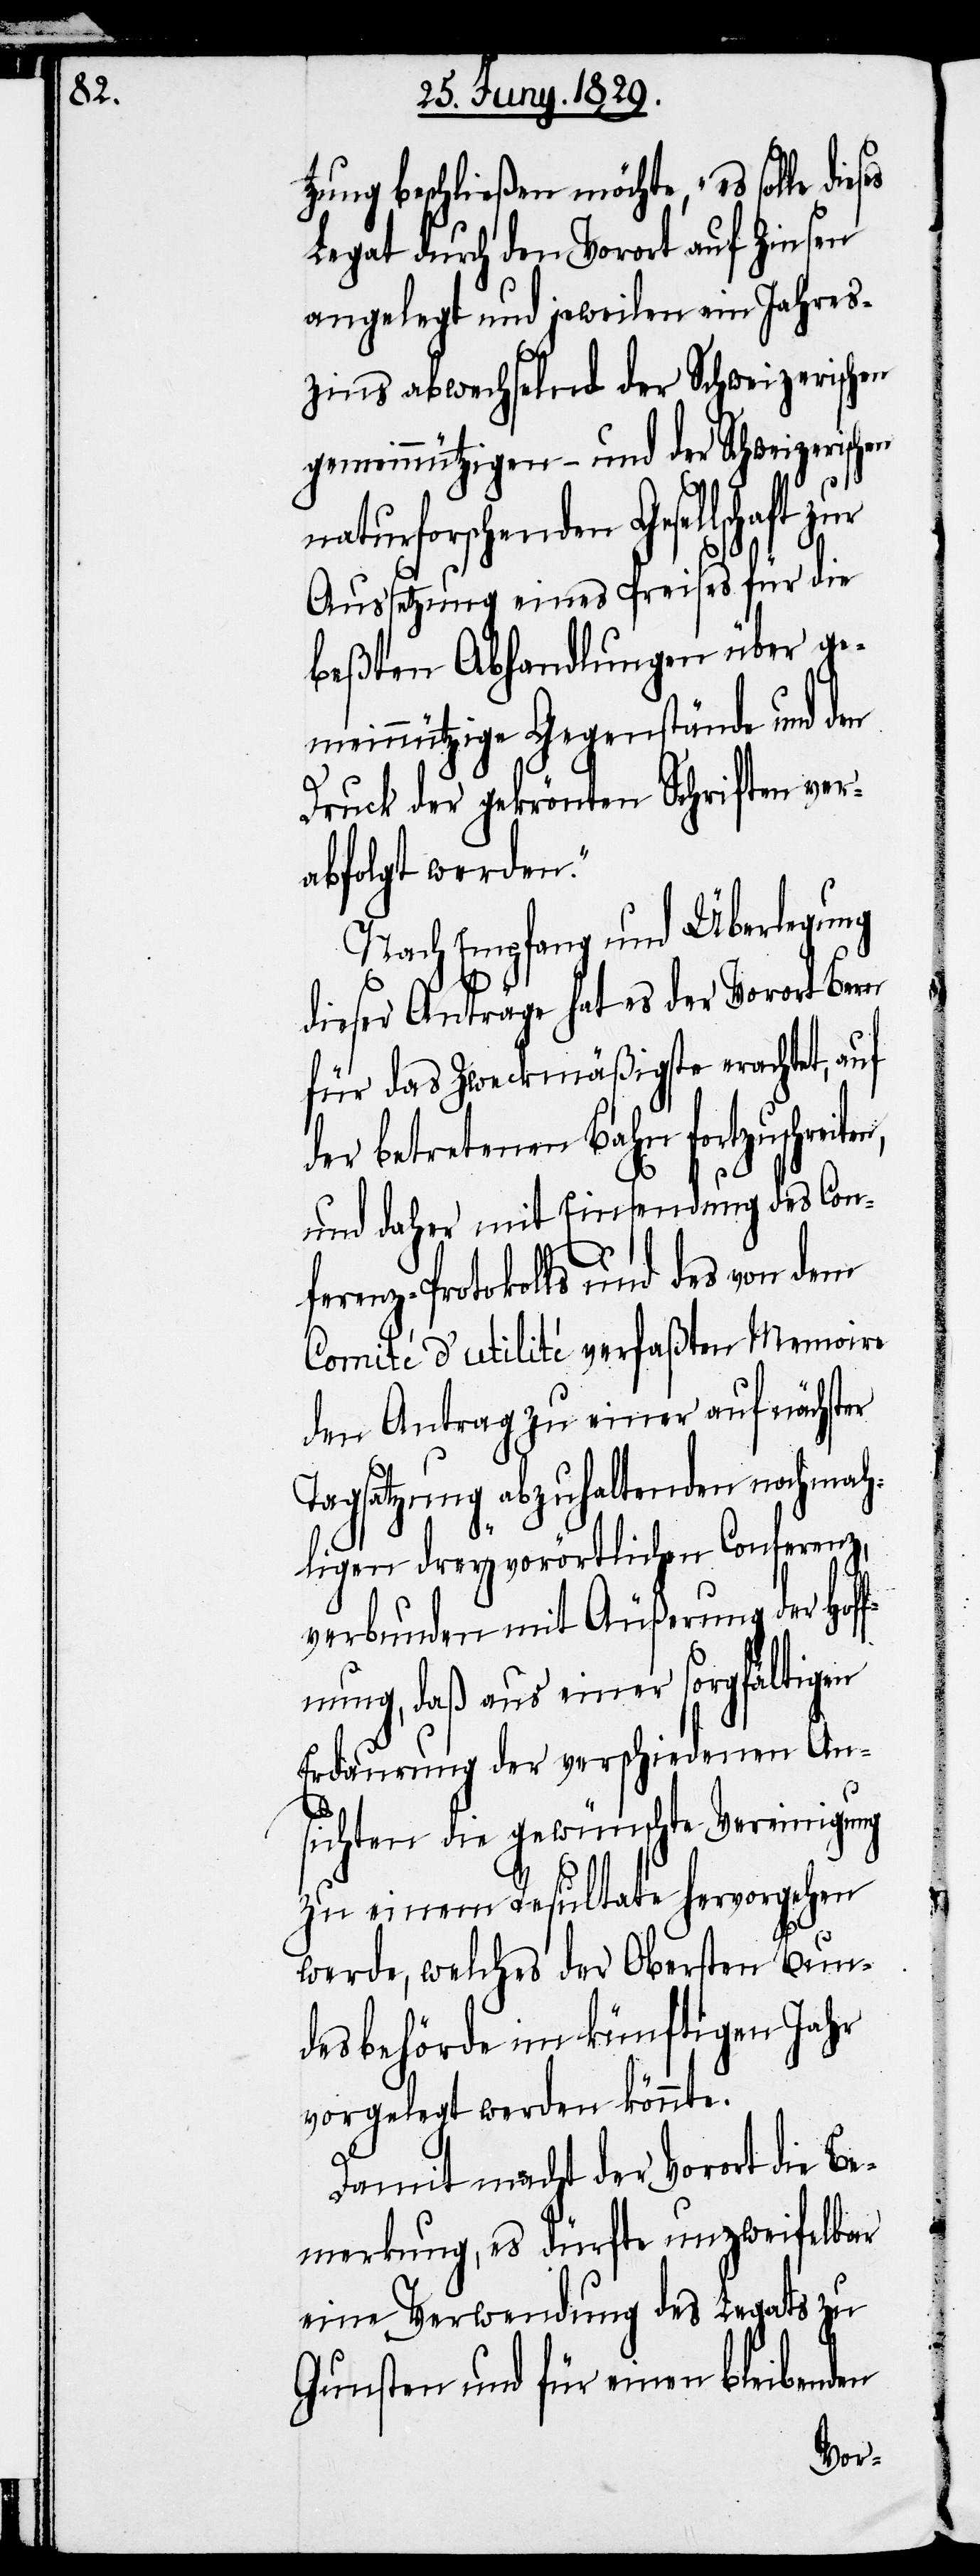
Hof¬

tzung beschließen möchte, „es solle
Legat durch den Vorort auf Zinsen
angelegt und jeweilen ein Jahres¬
zins abwechselnd der Schweizerischen
gemeinnützigen- und der Schweizerischen
aturforschenden Gesellschaft
Aussetzung eines Preises für die
beßten Abhandlungen über ge¬
meinnützige Gegenstände und den
Druck der gekrönten Schriften ver¬
abfolgt werden.“
Nach Empfang und Überlegung
dieser Anträge hat es der Vorort Bern
für das Zweckmäßigste erachtet, auf
der betretenen Bahn fortzuschreit¬
und daher mit Einsendung des Con¬
ferenz-Protokolls und des von dem
Comité d’utilité verfaßten Memoire
den Antrag zu einer auf nächster
Tagsatzung abzuhaltenden nochmah¬
ligen dreyvorörtlichen Conferenz,
verbunden mit Äußerungen der
fnung, daß aus einer sorgfältigen
Erdaurung der verschiedenen An¬
sichten die gewünschte Vereinigung
zu einem Resultate hervorgehen
werde, welches der Obersten Bun¬
desbehörde im künftigen Jahr
vorgelegt werden könnte.
Damit macht der Vorort die Be¬
merkung, es dürfte unzweifelbar
eine Verwendung des Legats zu
Gunsten und für einen bleibenden